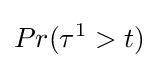
Pr(\tau ^{1}>t)